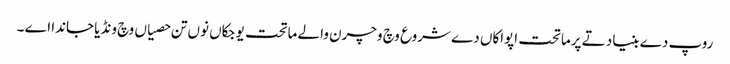
روپ دے بنیاد تے پرماتحت اپواکاں دے شروع وچ وچرن والے ماتحت یوجکاں نوں تن حصیاں وچ ونڈیا جاندا اے ۔